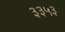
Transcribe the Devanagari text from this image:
३३५३